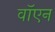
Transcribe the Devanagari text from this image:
वॉएन